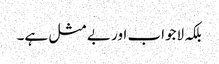
بلکہ لاجواب اور بے مثل ہے۔